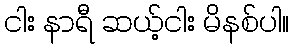
ငါး နာရီ ဆယ့်ငါး မိနစ်ပါ။